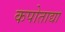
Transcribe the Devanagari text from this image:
कपोताद्या